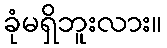
ခုံမရှိဘူးလား။